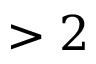
> 2